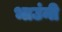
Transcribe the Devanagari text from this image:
भाउंनी